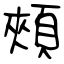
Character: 頰